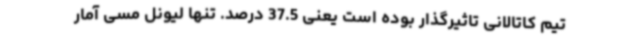
تیم کاتالانی تاثیرگذار بوده است یعنی 37.5 درصد. تنها لیونل مسی آمار